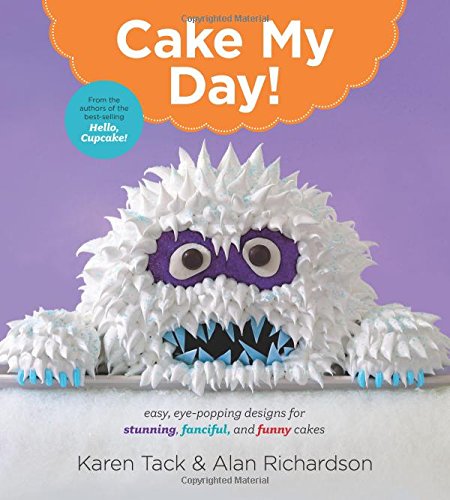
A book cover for Cake My Day!: Easy, Eye-Popping Designs for Stunning, Fanciful, and Funny Cakes; Karen Tack; Cookbooks, Food & Wine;